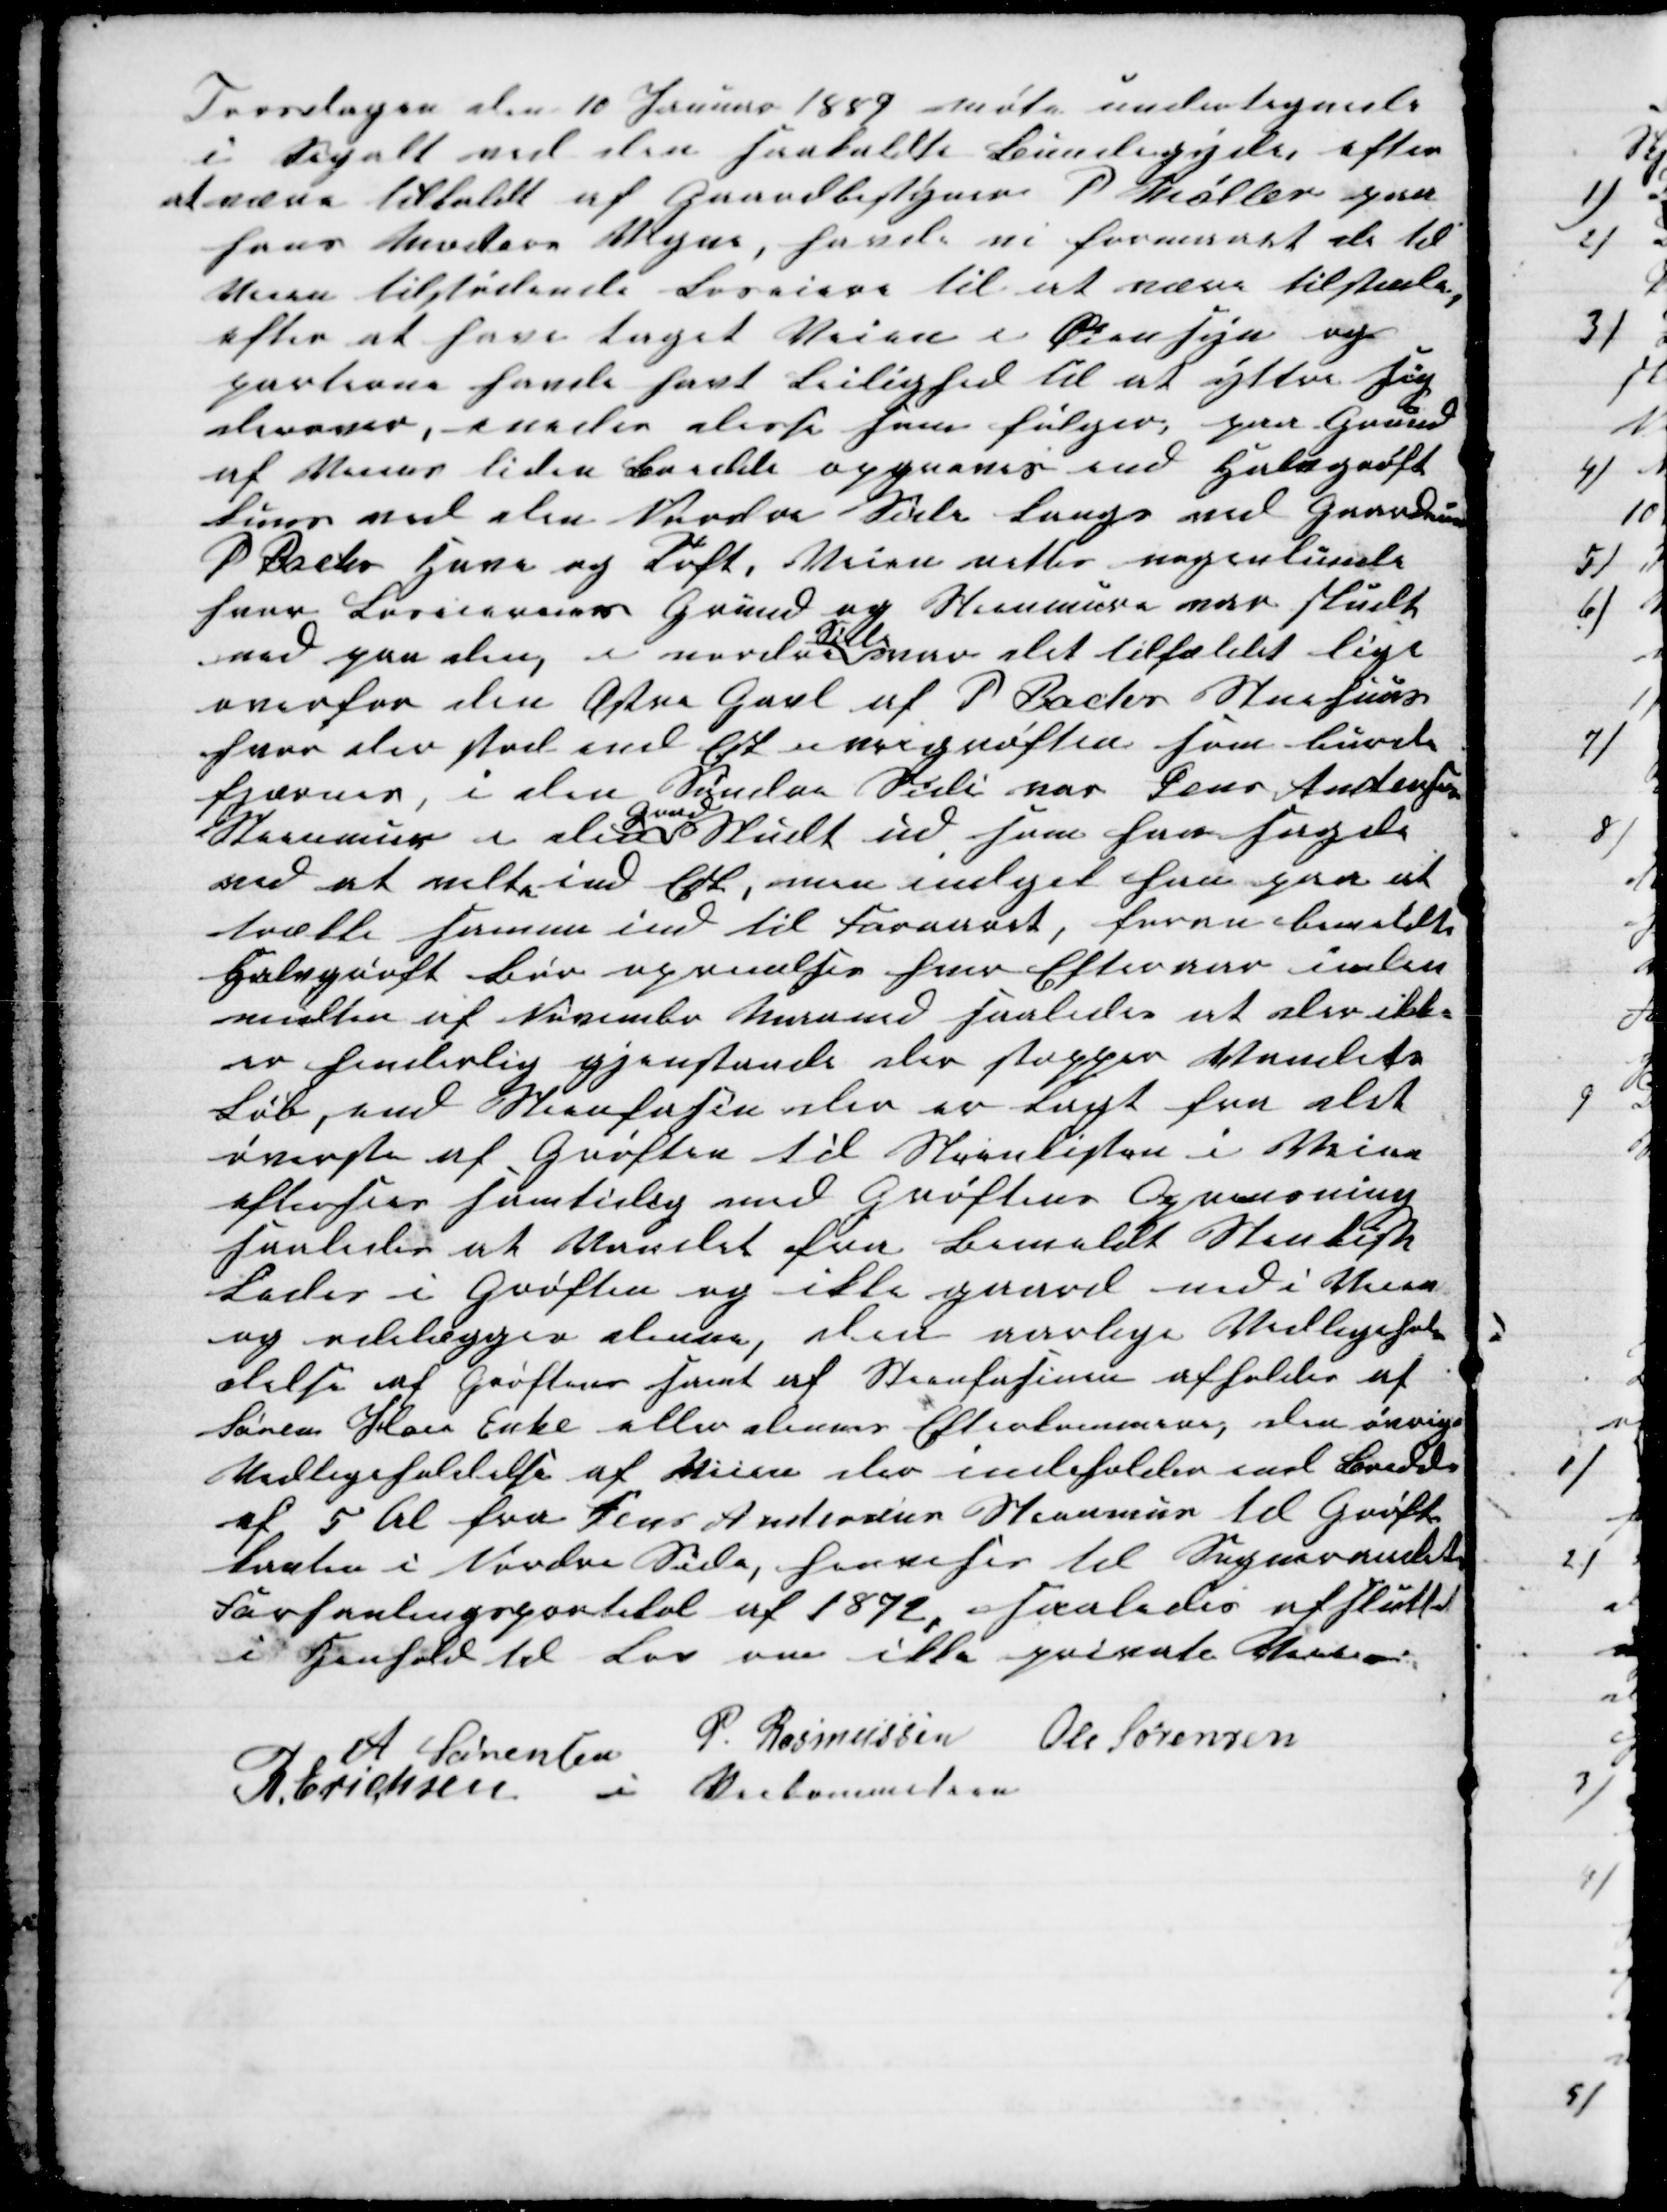
Transskription:
Torsdagen den 10 Januar 1889 møte undertegnede
i Segalt ved den saakaldte Bundegyde, efter
at være tilkaldt af Gaardbestyrer P Møller paa
hans Moders Vegne, havde vi formaaet de til
Veien tilstødende Loseiere til at være tilstede,
efter at have taget Veien i Øiensyn og
parterne havde havt Leilighed til at yttre sig
derover, enedes disse som følger, paa Grund
af Veiens liden Bredde opgraves end Halvgrøft
kuns ved den Nordre Side langs med Gaardeier
P Backs Have og Toft, Veien retter nogenlunde
hvor Loseierens Grund og Steenmure var skudt
ved paa den, i nordre 
Side
var det tilfældet lige
overfor den Østre Gavl af P. Bachs Stenhuus
hvor der stod end Est i veigrøften som burde
fjærnes i den Søndre Side var Jens Andersens
Steenmur i den
Grund
Skudt ud som han sagde
ved at velte ind Est, men indget han paa at
trække samme ind til Foraaret, foran bemeldte
Halvgrøft bør oprenses hver Efteraar inden
midten af November Maaned saaledes at der ikke
er hinderlig gjenstande der stopper Vandets
Løb, end Steenfasin der er lagt fra det
øverste af Grøften til Steenkisten i Veien
eftersees samtidig med Grøftens Oprensning
saaledes at Vandet fra bemeldt Stenkiste
Lader i Grøften og ikke gaard ind i Veien
og ødelægger denne, den aarlige Vedligehol-
delse af Grøften samt af Steenfasinen afholdes af
Sørens Plous Enke eller dennes Efterkommere den øvrige
Vedligeholdelse af Veien der indeholder end Bredde
af 5 Al fra Jens Andersens Steenmur til Grøfte-
kanten i Nordre Side, henvises til Sogneraadets
Forhanlingsprotekol af 1872, saaledes afsluttet
i Henhold til Lov om ikke private Veie.
A Sørensen
P. Rasmussen Ole Sørensen
R. Erichsen
i Veikommiteen